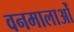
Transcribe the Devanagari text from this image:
वनमालाओं